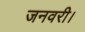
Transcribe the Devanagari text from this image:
जनवरी।